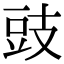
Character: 豉